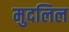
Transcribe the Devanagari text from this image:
मुदलिल